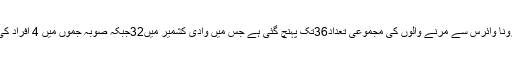
جموں کشمیر میں کورونا وائرس سے مرنے والوں کی مجموعی تعداد36تک پہنچ گئی ہے جس میں وادی کشمیر میں32جبکہ صوبہ جموں میں 4 اَفراد کی موت واقع ہوئی ہے ۔